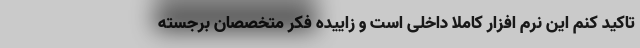
تاکید کنم این نرم افزار کاملا داخلی است و زاییده فکر متخصصان برجسته